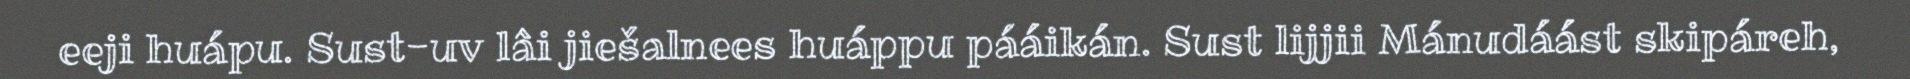
eeji huápu. Sust-uv lâi jiešalnees huáppu pááikán. Sust lijjii Mánudáást skipáreh,